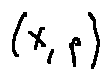
( X , p )